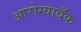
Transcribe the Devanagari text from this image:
आरोग्याबँक